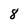
Character: 8